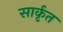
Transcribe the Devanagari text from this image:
सार्कृत